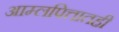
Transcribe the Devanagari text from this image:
आम्लपित्तातही